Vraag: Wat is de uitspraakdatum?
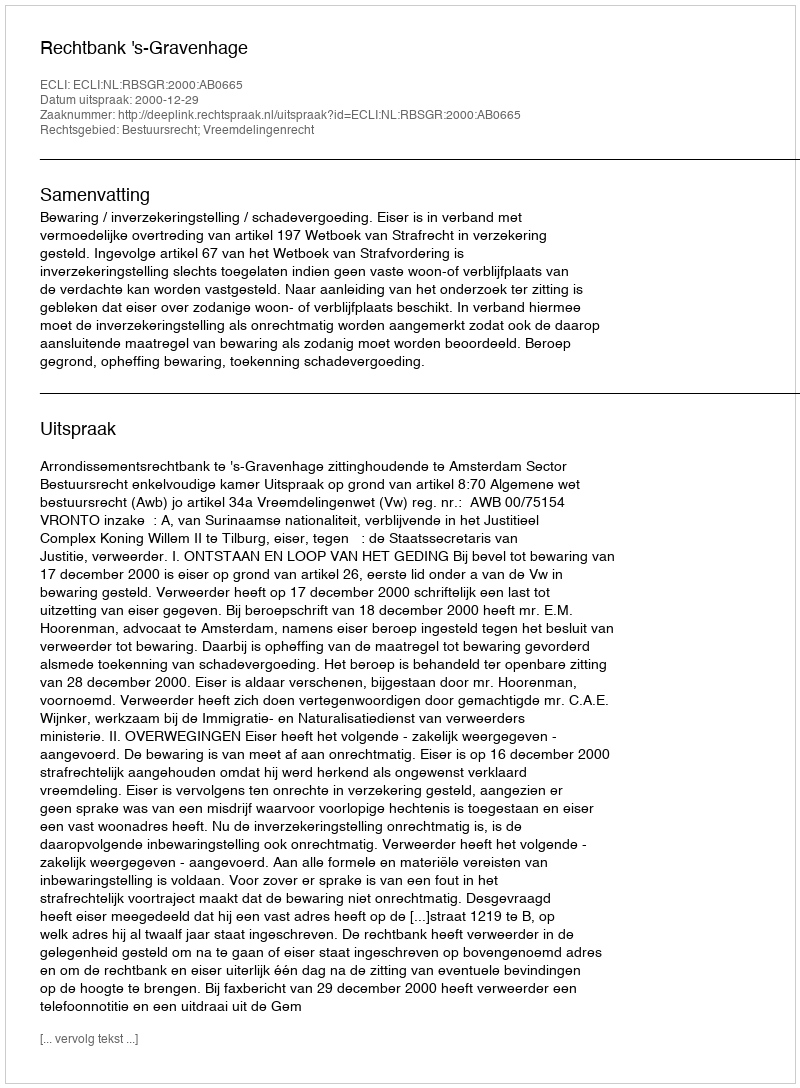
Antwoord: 2000-12-29